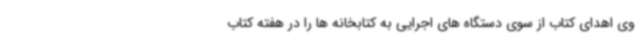
وی اهدای کتاب از سوی دستگاه های اجرایی به کتابخانه ها را در هفته کتاب